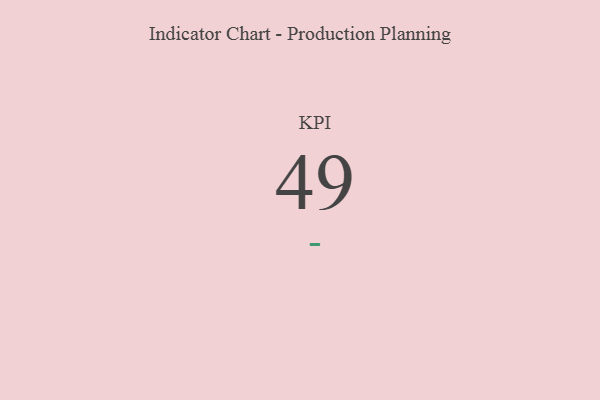
{"axis": {"x": "KPI", "y": "Value"}, "legend": [""], "data": [{"x": "KPI", "y": 49, "type": ""}]}